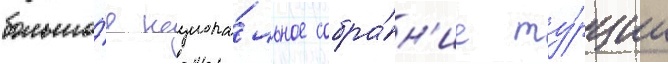
большо́е национа́льное собра́н'ие ту́рции